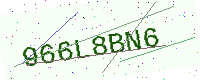
Text: 966L8BN6